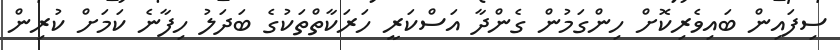
ސިފައިން ބައިވެރިކޮށް ހިންގަމުން ގެންދާ އަސްކަރީ ހަރަކާތްތަކުގެ ބަދަލު ހިފާނެ ކަމަށް ކުރިން